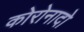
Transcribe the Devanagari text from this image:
कोरोनादो